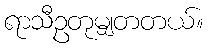
ရာသီဥတုမျှတတယ်။